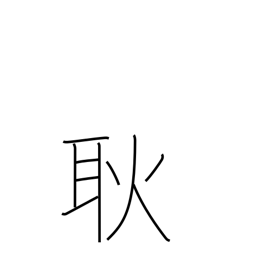
Meaning: light